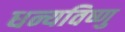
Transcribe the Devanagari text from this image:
धन्यविष्णु